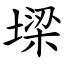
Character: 墚